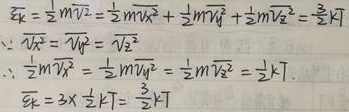
\begin{align*}
\overline{\varepsilon_{k}}&=\frac{1}{2}m\overline{v^{2}}=\frac{1}{2}m\overline{v_{x}^{2}}+\frac{1}{2}m\overline{v_{y}^{2}}+\frac{1}{2}m\overline{v_{z}^{2}}=\frac{3}{2}kT\\
\because\ &\overline{v_{x}^{2}}=\overline{v_{y}^{2}}=\overline{v_{z}^{2}}\\
\therefore\ &\frac{1}{2}m\overline{v_{x}^{2}}=\frac{1}{2}m\overline{v_{y}^{2}}=\frac{1}{2}m\overline{v_{z}^{2}}=\frac{1}{2}kT.\\
\overline{\varepsilon_{k}}&=3\times\frac{1}{2}kT=\frac{3}{2}kT
\end{align*}